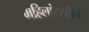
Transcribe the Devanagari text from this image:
महिलांसाठीचं